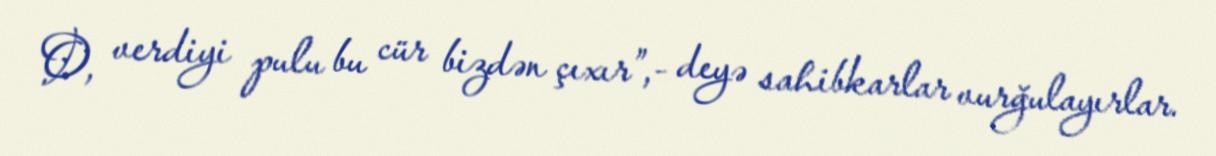
O, verdiyi pulu bu cür bizdən çıxır”,- deyə sahibkarlar vurğulayırlar.